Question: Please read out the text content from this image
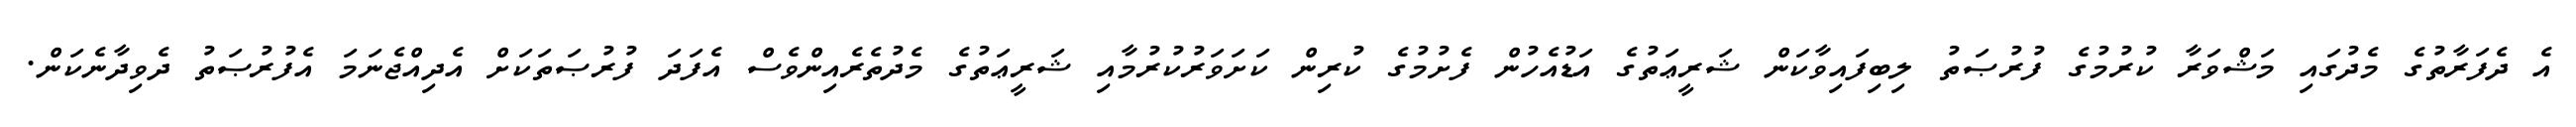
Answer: އެ ދެފަރާތުގެ މެދުގައި މަޝްވަރާ ކުރުމުގެ ފުރުޞަތު ލިބިފައިވާކަން ޝަރީޢަތުގެ އަޑުއެހުން ފެށުމުގެ ކުރިން ކަށަވަރުކުރުމާއި ޝަރީޢަތުގެ މެދުތެރެއިންވެސް އެފަދަ ފުރުޞަތަކަށް އެދިއްޖެނަމަ އެފުރުޞަތު ދެވިދާނެކަން.